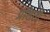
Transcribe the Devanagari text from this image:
प्रतिती